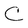
Character: C